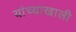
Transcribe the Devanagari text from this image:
यांच्याखाली